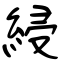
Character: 綅